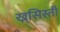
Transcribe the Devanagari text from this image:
ख्र्सिस्ती